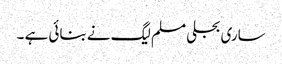
ساری بجلی مسلم لیگ نے بنائی ہے ۔